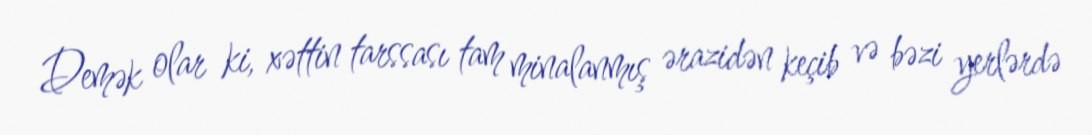
Demək olar ki, xəttin tarssası tam minalanmış ərazidən keçib və bəzi yerlərdə